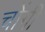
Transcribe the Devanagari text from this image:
चोंगी